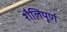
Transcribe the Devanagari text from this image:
शैलिपूर्ण